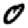
Digit: 0